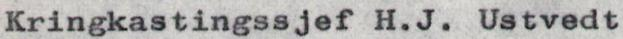
Kringkastingssjef H.J. Ustvedt